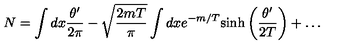
N = \int d x \frac { \theta ^ { \prime } } { 2 \pi } - \sqrt { \frac { 2 m T } { \pi } } \int d x e ^ { - m / T } \mathrm { s i n h } \left( \frac { \theta ^ { \prime } } { 2 T } \right) + \dots